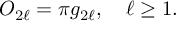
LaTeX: O _ { 2 \ell } = \pi g _ { 2 \ell } , \quad \ell \ge 1 .